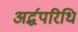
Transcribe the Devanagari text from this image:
अर्द्धपरिधि